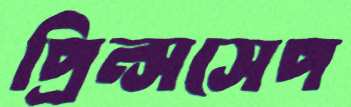
প্রিন্সসেপ